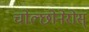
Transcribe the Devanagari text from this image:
चोल्छोनेरोस्